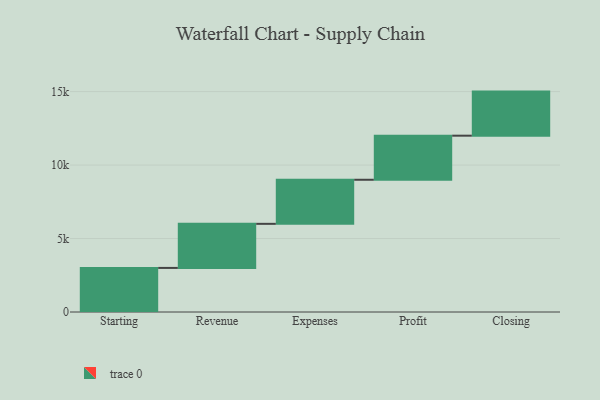
{"axis": {"x": "Step", "y": "Value"}, "legend": [""], "data": [{"x": "Starting", "y": 3000, "type": ""}, {"x": "Revenue", "y": 3000, "type": ""}, {"x": "Expenses", "y": 3000, "type": ""}, {"x": "Profit", "y": 3000, "type": ""}, {"x": "Closing", "y": 3000, "type": ""}]}